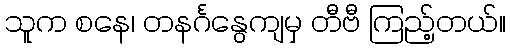
သူက စနေ၊ တနင်္ဂနွေကျမှ တီဗီ ကြည့်တယ်။